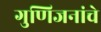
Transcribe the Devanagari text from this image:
गुणिजनांचे